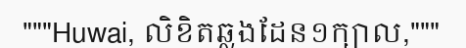
"""Huwai, លិខិតឆ្លងដែន១ក្បាល,"""